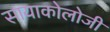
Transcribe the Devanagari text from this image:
सायाकोलोजी